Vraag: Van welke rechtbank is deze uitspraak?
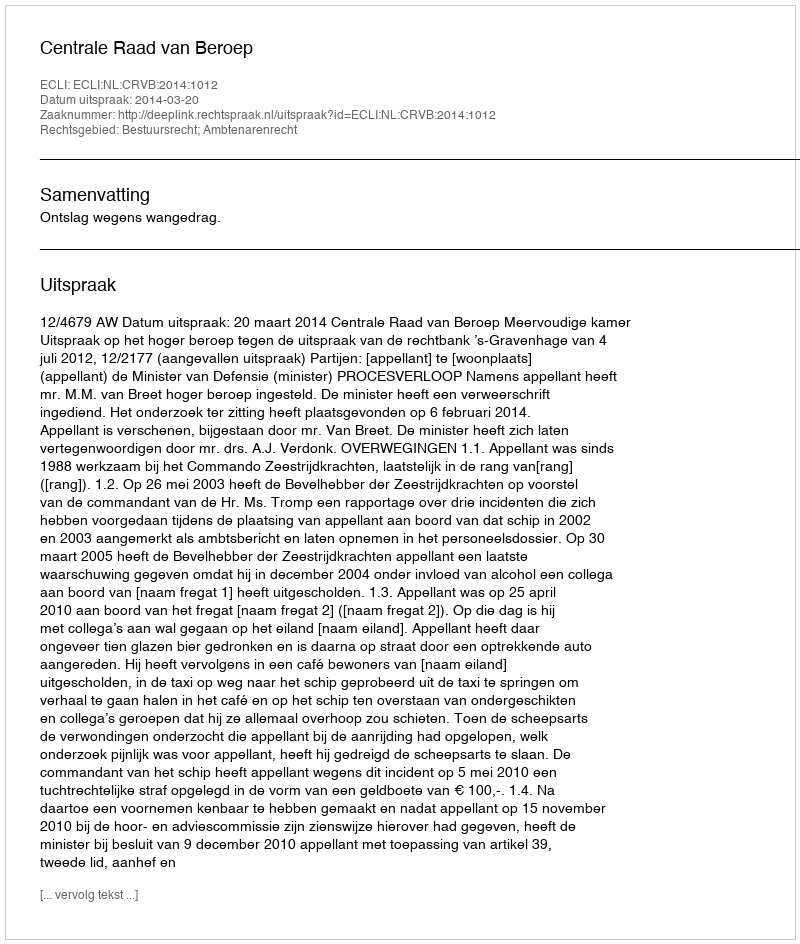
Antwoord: Centrale Raad van Beroep